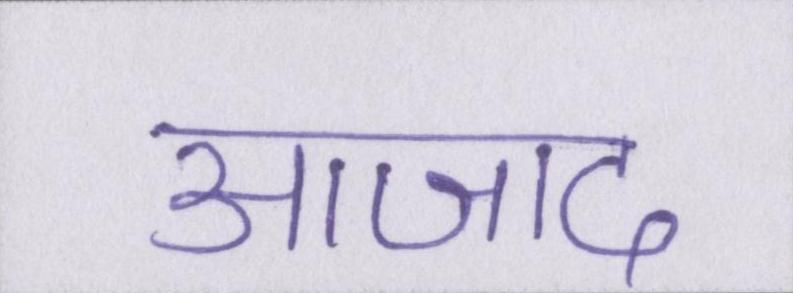
आजाद